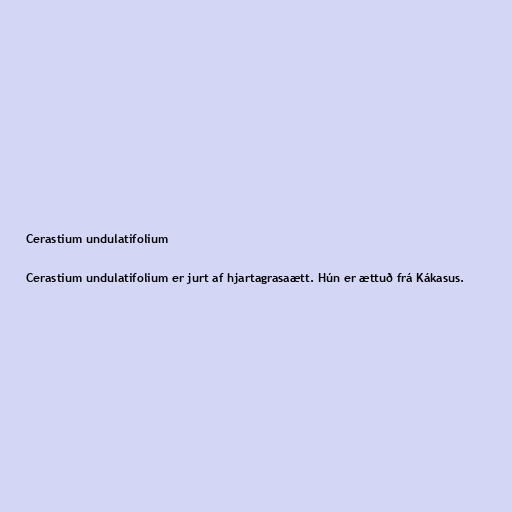
Cerastium undulatifolium

Cerastium undulatifolium er jurt af hjartagrasaætt. Hún er ættuð frá Kákasus.